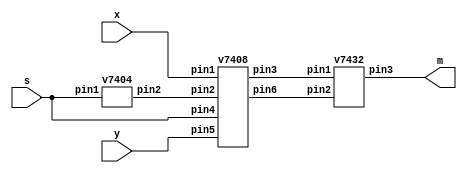

// top level module: 2 to 1 multiplexer

module mux2to1(x, y, s, m);
	
	input x, y, s;
	output m;

	
	// wire that connects pin2 of inverter 1 to pint 2 of AND gate 1
	wire inverter_pin2_to_AND1_pin2;
	
	// wire that connects pin3 of AND1 gate to pin1 of OR gate 1
	wire AND1_pin3_to_OR1_pin1;
	
	// wire that connects pint6 of AND2 gate to pin2 of OR gate 1
	wire AND1_pin6_to_OR1_pin2;
	
	// instance of the 7404 gate
	// connect pin1 to s and pin2 to wire
	v7404 NOT1(.pin1(s), .pin2(inverter_pin2_to_AND1_pin2));
	
	// instance of 7408 gate
	// connects x to pin1, links pin2 of NOT to pin2 of AND1 and creates wire b/w pin3 (output) of AND1 to input of OR1
	v7408 AND1(.pin1(x), .pin2(inverter_pin2_to_AND1_pin2), .pin3(AND1_pin3_to_OR1_pin1), .pin4(s), .pin5(y), .pin6(AND1_pin6_to_OR1_pin2));
	
	
	//v7408 AND2(.pin4(s), .pin5(y), .pin6(AND1_pin6_to_OR1_pin2));
	
	v7432 OR1(.pin1(AND1_pin3_to_OR1_pin1), .pin2(AND1_pin6_to_OR1_pin2), .pin3(m));	

endmodule
	

// 7404 chip (6 inverters (NOT gates))

module v7404 (pin1, pin3, pin5, pin9, pin11, pin13, pin2, pin4, pin6, pin8, pin10, pin12);
	
	input pin1, pin3, pin5, pin9, pin11, pin13;
	output pin2, pin4, pin6, pin8, pin10, pin12;
	
	assign pin2 = ~pin1;
	assign pin4 = ~pin3;
	assign pin6 = ~pin5;
	assign pin8 = ~pin9;
	assign pin10 = ~pin11;
	assign pin12 = ~pin13;
	

endmodule

// 7408 chip (2 input AND gates)

module v7408 (pin1, pin3, pin5, pin9, pin11, pin13, pin2, pin4, pin6, pin8, pin10, pin12);
	
	input pin1, pin2, pin4, pin5, pin9, pin10, pin12, pin13;
	output pin3, pin6, pin8, pin11;
	
	assign pin3 = pin1 & pin2;
	assign pin6 = pin4 & pin5;
	assign pin8 = pin9 & pin10;
	assign pin11 = pin12 & pin13;
	
endmodule

// 7432 chip (2 input OR gates)

module v7432 (pin1, pin3, pin5, pin9, pin11, pin13, pin2, pin4, pin6, pin8, pin10, pin12);
	
	input pin1, pin2, pin4, pin5, pin9, pin10, pin12, pin13;
	output pin3, pin6, pin8, pin11;
	
	assign pin3 = pin1 | pin2;
	assign pin6 = pin4 | pin5;
	assign pin8 = pin9 | pin10;
	assign pin11 = pin12 | pin13;
	
endmodule